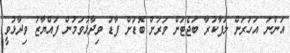
އަންނަ އަހަރަށް ލަފާކުރާ ބަޖެޓަށް ވަރަށް ބޮޑަށް ފާޑު ވިދާޅުވަމުން ފައްޔާޒު ވިދާޅުވީ